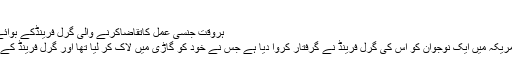
کے نیوز
ہروقت جنسی عمل کاتقاضاکرنے والی گرل فرینڈکے بوائے فرینڈنے خودکولاک کردیا
نیویارک(مانیٹرنگ ڈیسک)امریکہ میں ایک نوجوان کو اس کی گرل فرینڈ نے گرفتار کروا دیا ہے جس نے خود کو گاڑی میں لاک کر لیا تھا اور گرل فرینڈ کے کہنے پر باہر نہیں آ رہا تھا۔